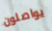
يواصلون